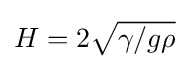
{\textstyle H=2{\sqrt {{\gamma }/{g\rho }}}}